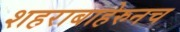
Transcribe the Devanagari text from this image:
शहराबाहेरुनच